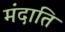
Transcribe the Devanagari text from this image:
मंदाति